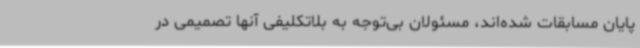
پایان مسابقات شده‌اند، مسئولان بی‌توجه به بلاتکلیفی آنها تصمیمی در